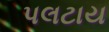
પલટાય